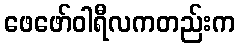
ဖေဖော်ဝါရီလကတည်းက